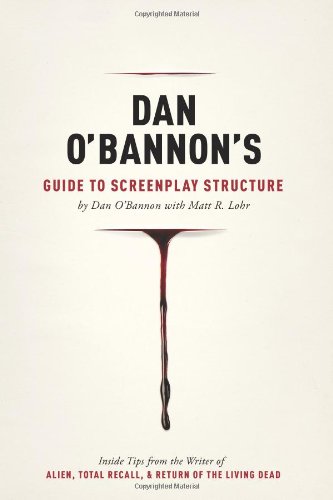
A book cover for Dan O'Bannon's Guide to Screenplay Structure: Inside Tips from the Writer of ALIEN, TOTAL RECALL and RETURN OF THE LIVING DEAD; Dan O'Bannon; Humor & Entertainment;